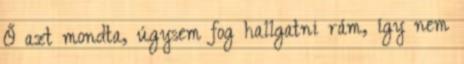
Ő azt mondta, úgysem fog hallgatni rám, így nem